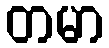
တမာ